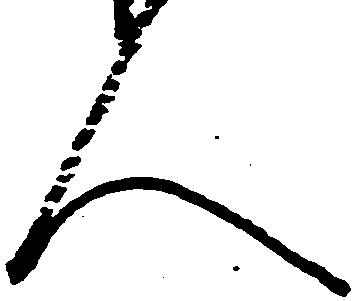
人